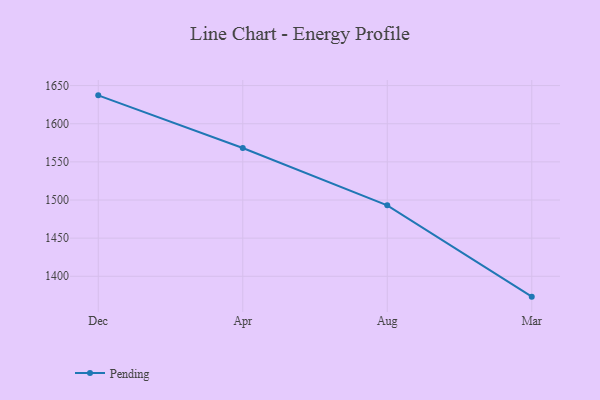
{"axis": {"x": "Month", "y": "Shipments"}, "legend": ["Pending"], "data": [{"x": "Dec", "y": 1637.2, "type": "Pending"}, {"x": "Apr", "y": 1568.2, "type": "Pending"}, {"x": "Aug", "y": 1493.0, "type": "Pending"}, {"x": "Mar", "y": 1373.3, "type": "Pending"}]}